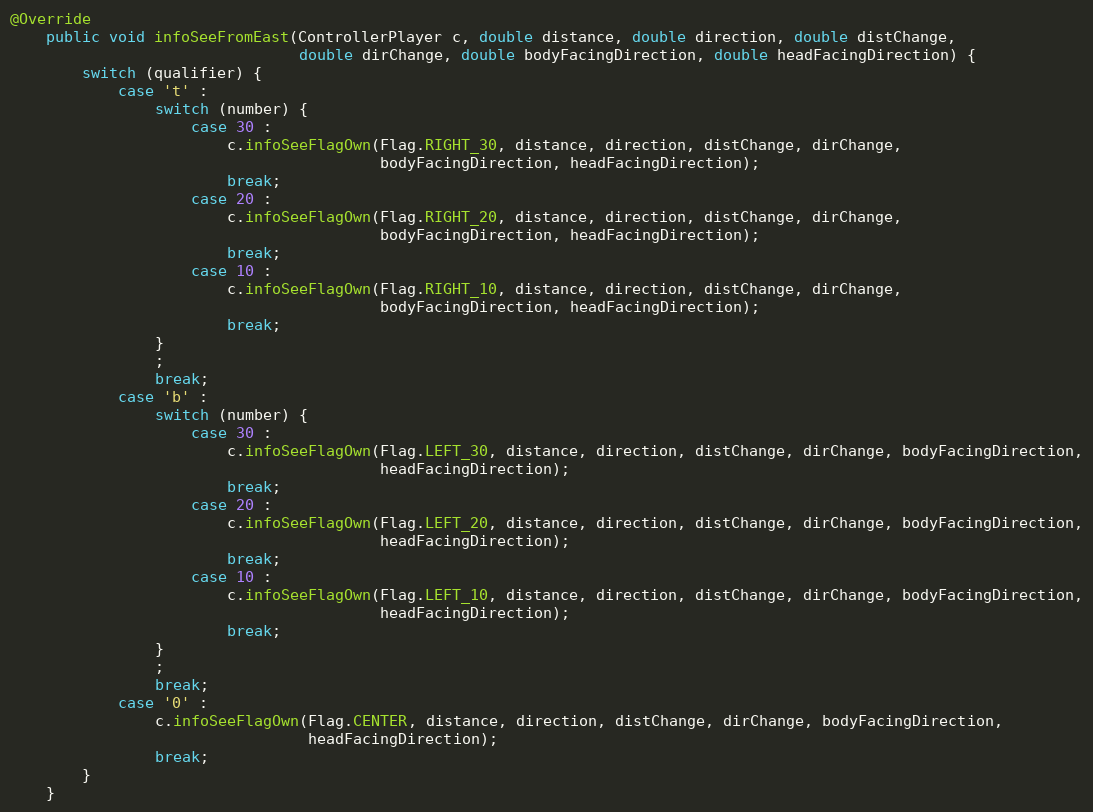
Language: Java
@Override
    public void infoSeeFromEast(ControllerPlayer c, double distance, double direction, double distChange,
                                double dirChange, double bodyFacingDirection, double headFacingDirection) {
        switch (qualifier) {
            case 't' :
                switch (number) {
                    case 30 :
                        c.infoSeeFlagOwn(Flag.RIGHT_30, distance, direction, distChange, dirChange,
                                         bodyFacingDirection, headFacingDirection);
                        break;
                    case 20 :
                        c.infoSeeFlagOwn(Flag.RIGHT_20, distance, direction, distChange, dirChange,
                                         bodyFacingDirection, headFacingDirection);
                        break;
                    case 10 :
                        c.infoSeeFlagOwn(Flag.RIGHT_10, distance, direction, distChange, dirChange,
                                         bodyFacingDirection, headFacingDirection);
                        break;
                }
                ;
                break;
            case 'b' :
                switch (number) {
                    case 30 :
                        c.infoSeeFlagOwn(Flag.LEFT_30, distance, direction, distChange, dirChange, bodyFacingDirection,
                                         headFacingDirection);
                        break;
                    case 20 :
                        c.infoSeeFlagOwn(Flag.LEFT_20, distance, direction, distChange, dirChange, bodyFacingDirection,
                                         headFacingDirection);
                        break;
                    case 10 :
                        c.infoSeeFlagOwn(Flag.LEFT_10, distance, direction, distChange, dirChange, bodyFacingDirection,
                                         headFacingDirection);
                        break;
                }
                ;
                break;
            case '0' :
                c.infoSeeFlagOwn(Flag.CENTER, distance, direction, distChange, dirChange, bodyFacingDirection,
                                 headFacingDirection);
                break;
        }
    }